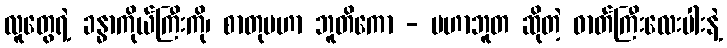
လူတွေရဲ့ ခန္ဓာကိုယ်ကြီးကို၊ စာတုမဟာ ဘူတိကော - မဟာဘူတ ဆိုတဲ့ ဓာတ်ကြီးလေးပါးနဲ့